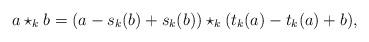
LaTeX: \begin{align*}a\star_k b = (a - s_k(b) + s_k(b)) \star_k (t_k(a) - t_k(a) + b),\end{align*}